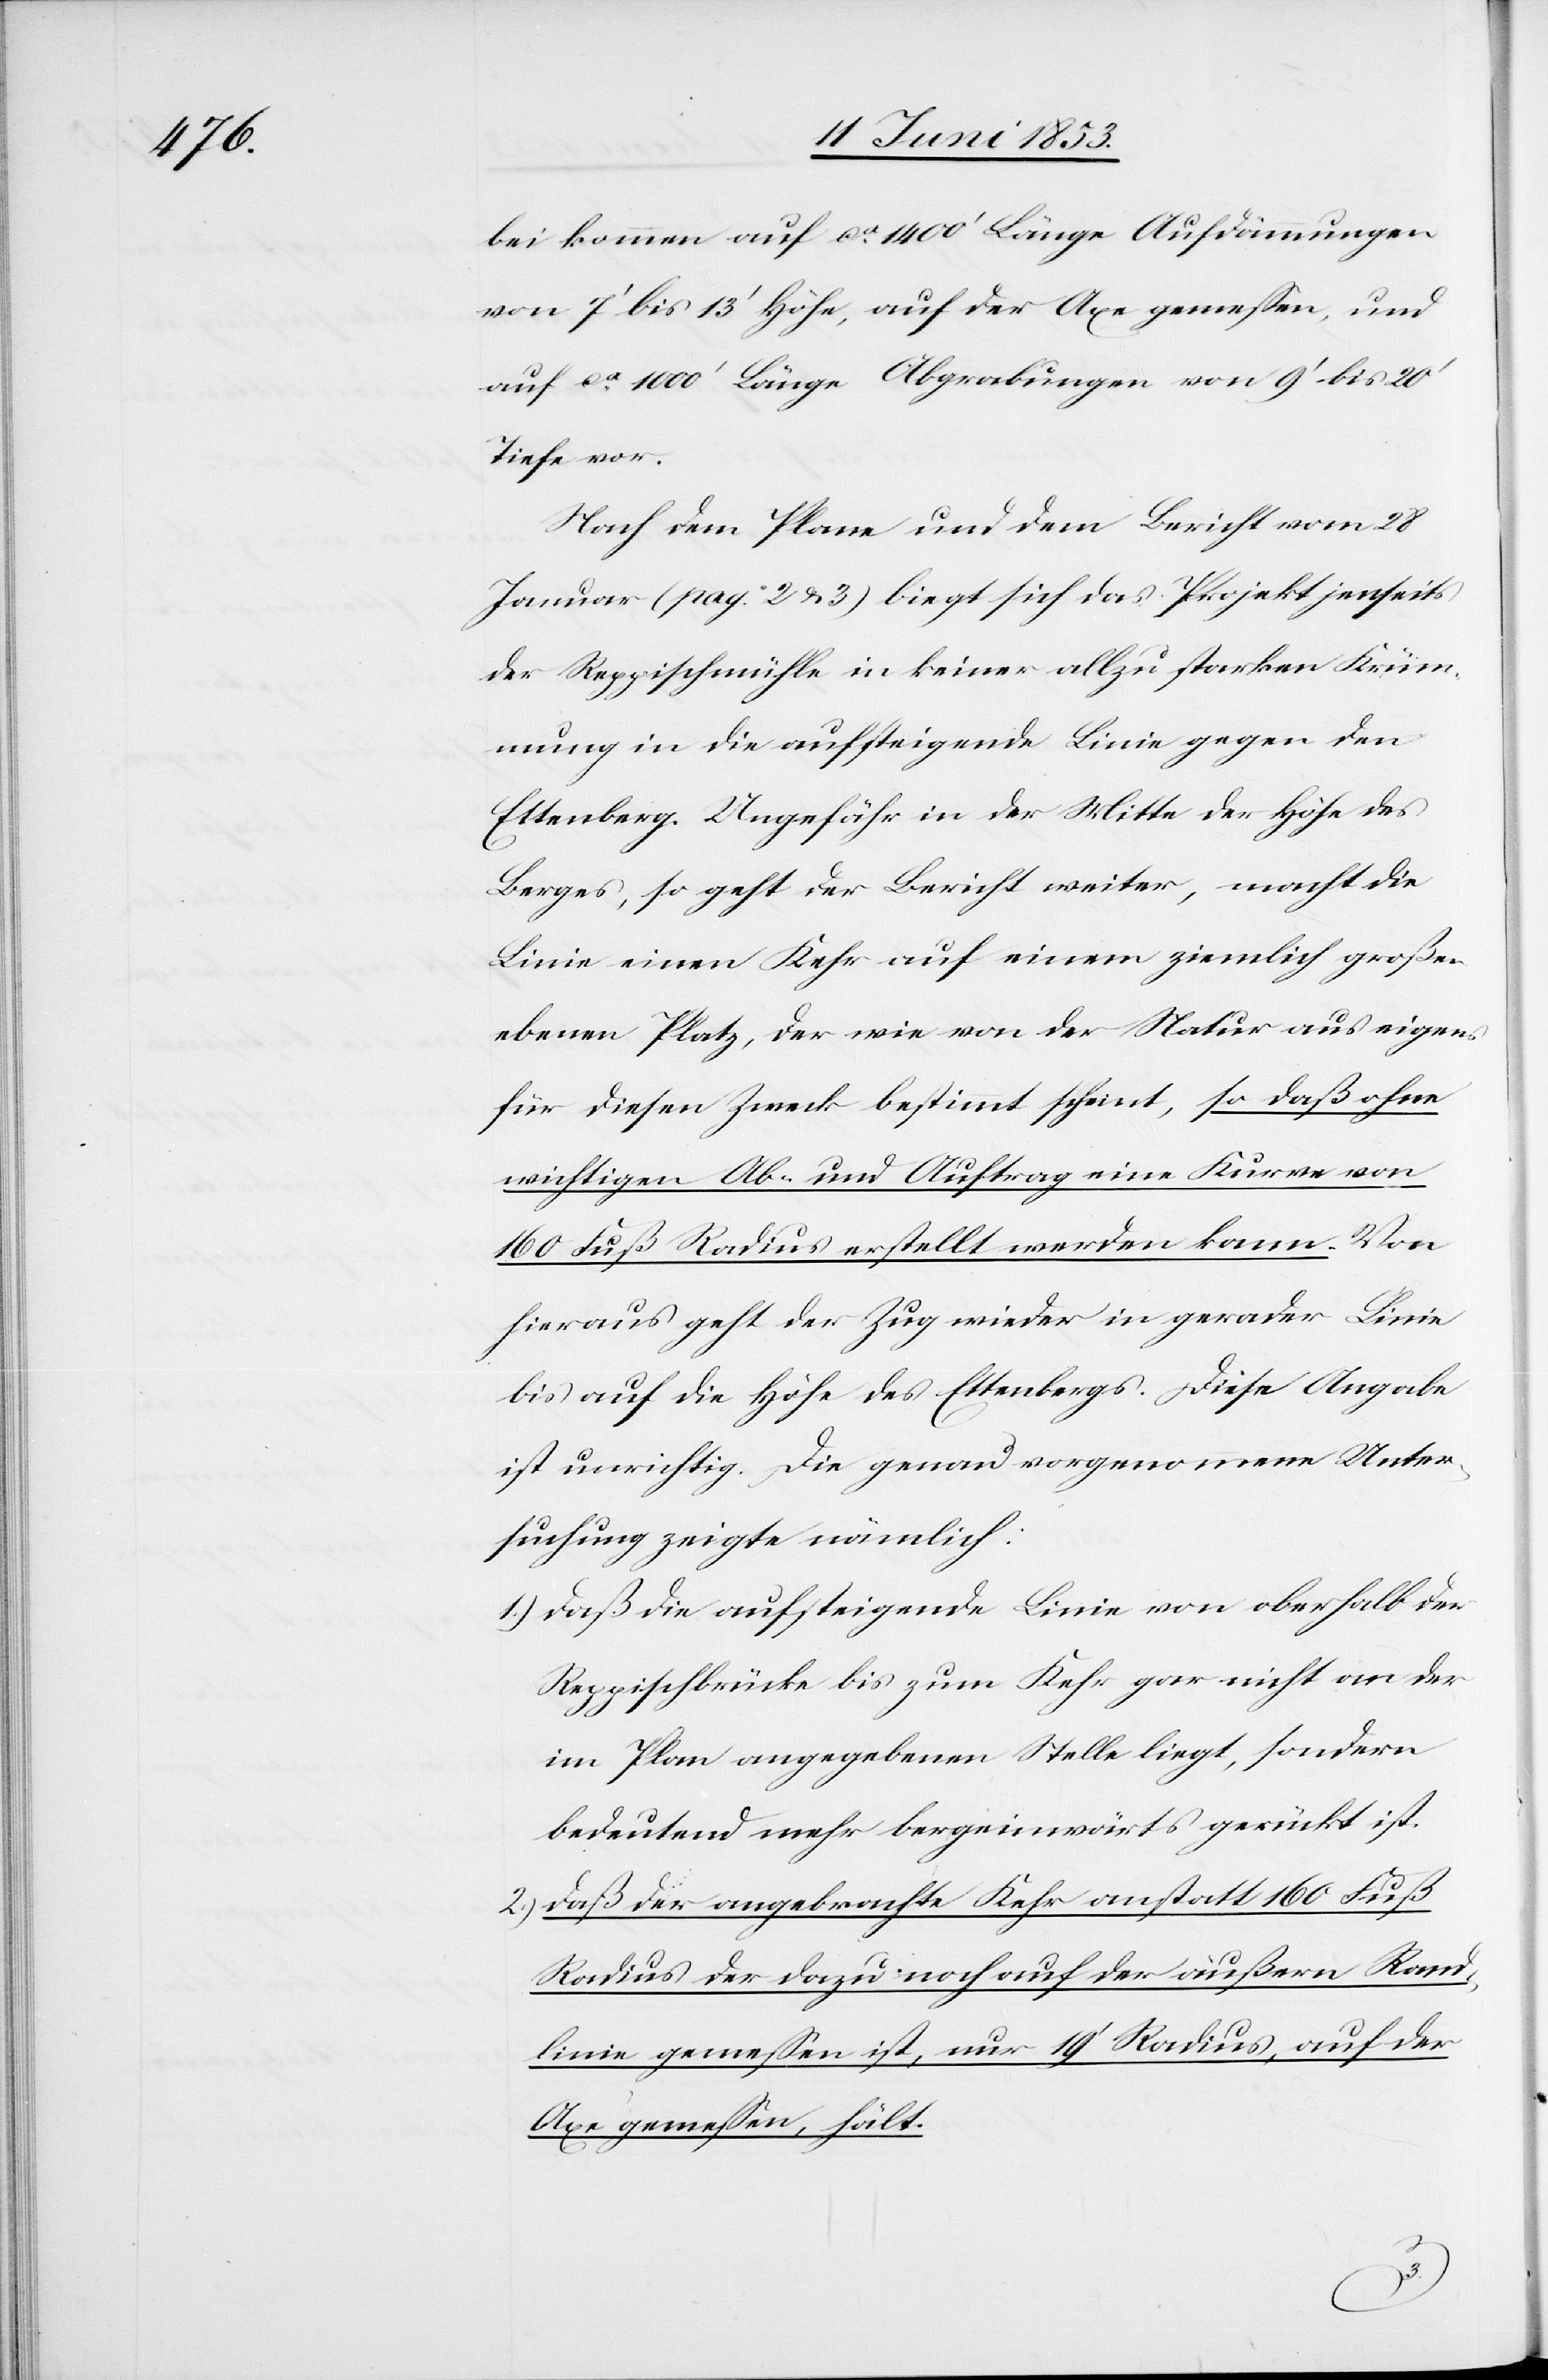
bei kommen auf ca. 1400’ Länge Aufdämmungen
von 7’ bis 13’ Höhe, auf der Axe gemeßen, und
auf ca. 1000’ Länge Abgrabungen von 9’ bis 20’
Tiefe vor.
Nach dem Plane und dem Bericht vom 28
Januar (pag. 2 u. 3) biegt sich das Projekt jenseits
der Rappischmühle in keiner allzu starken Krü¬
mung in die aufsteigende Linie gegen den
Ettenberg. Ungefähr in der Mitte der Höhe des
Berges, so geht der Bericht weiter, macht die
Linie einen Kehr auf einem ziemlich großen
ebenen Platz, der wie von der Natur aus eigens
für diesen Zweck bestimmt scheint, so daß ohne
wichtigen Ab- und Auftrag eine Kurve von
160 Fuß Radius erstellt werden kann. Von
hieraus geht der Zug wieder in gerader Linie
bis auf die Höhe des Ettenberges. Diese Angabe
ist unrichtig. Die genau vorgenommene Unter¬
suchung zeigte nämlich:
1.) daß die aufsteigende Linie von oberhalb der
Rappischbrücke bis zum Kehr gar nicht an der
im Plan angegebenen Stelle liegt, sondern
bedeutend mehr bergeinwärts gerückt ist.
2.) daß der angebrachte Kehr anstatt 160 Fuß
Radius der dazu noch auf der äußern Rand¬
linie gemeßen ist, nur 19’ Radius, auf der
Axe gemeßen, hält.